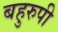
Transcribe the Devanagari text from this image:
बहुरुपी